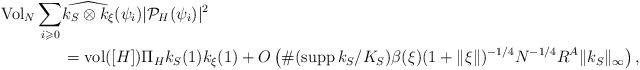
LaTeX: \begin{align*}\mathrm{Vol}_N\sum_{i\geqslant 0}&\widehat{k_S\otimes k_\xi}(\psi_i) | \mathcal{P}_H(\psi_i)|^2\\&= \mathrm{vol}([H])\Pi_H k_S(1) k_\xi(1)+O\left(\# ({\rm supp}\, k_S/K_S) \beta(\xi)(1 + \| \xi \| )^{-1/4} N^{-1/4} R^A \|k_S\|_{\infty}\right),\end{align*}